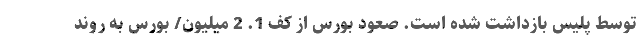
توسط پلیس بازداشت شده است. صعود بورس از کف 1. 2 میلیون/ بورس به روند